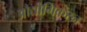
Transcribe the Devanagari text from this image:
औद्योगिकरन